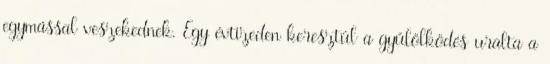
egymással veszekednek. Egy évtizeden keresztül a gyűlölködés uralta a